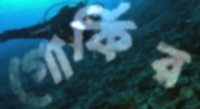
গোর্কির